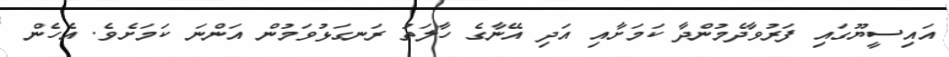
އައިސީޔޫގައި ފަރުވާދެމުންދާ ކަމަށާއި އަދި އޭނާގެ ހާލަތު ރަނގަޅުވަމުން އަންނަ ކަމަށެވެ. އެހެން